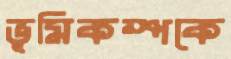
ভূমিকম্পকে